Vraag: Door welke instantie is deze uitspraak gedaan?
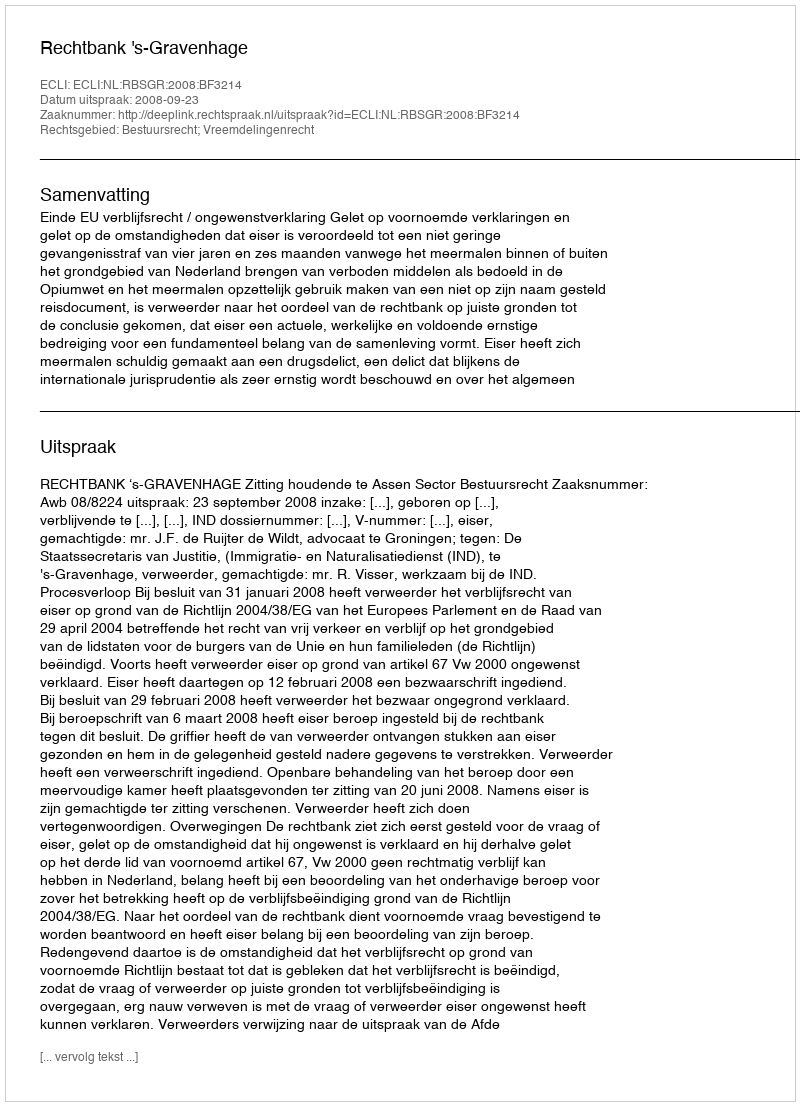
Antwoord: Rechtbank 's-Gravenhage